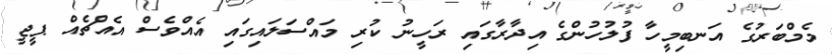
މެމްބަރުގެ އަނބިމީހާ ފުލުހުންގެ އިދާރާގައި ރަހީނު ކުރި މައްސަލައިގައި އެއްވެސް އެއްޗެއް ޕީޖީ